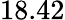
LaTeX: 18.42